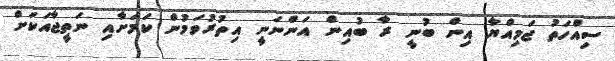
ސިއްހަތު ޖަމިއްޔާ އިން ބުނީ ރާ ބުއިން އަންނަނީ އިތުރުވަމުން ކަމަށާއި ނަތީޖާއަކަށް